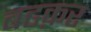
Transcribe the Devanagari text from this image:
बढक़र